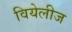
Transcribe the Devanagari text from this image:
वियेलीज